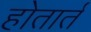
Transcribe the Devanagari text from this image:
होतार्त